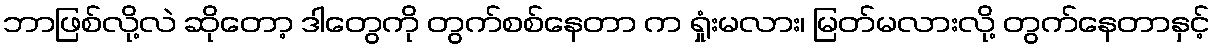
ဘာဖြစ်လို့လဲ ဆိုတော့ ဒါတွေကို တွက်စစ်နေတာ က ရှုံးမလား၊ မြတ်မလားလို့ တွက်နေတာနှင့်